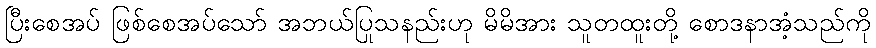
ပြီးစေအပ် ဖြစ်စေအပ်သော် အဘယ်ပြုသနည်းဟု မိမိအား သူတထူးတို့ စောဒနာအံ့သည်ကို